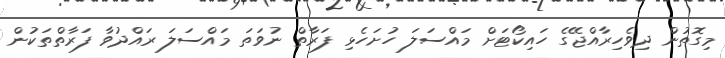
މިގޮތުން ދިވެހިރާއްޖޭގެ ހައިކޯޓަށް މައްސަލަ ހުށަހެޅި ފަރާތް ނުވަތަ މައްސަލަ ރައްދުވާ ފަރާތްތަކުން